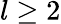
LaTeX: l\geq 2